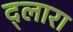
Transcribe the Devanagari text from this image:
द्लारा